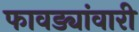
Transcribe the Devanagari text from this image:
फावड्यांवारी